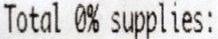
TOTAL 0% SUPPLIES: